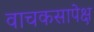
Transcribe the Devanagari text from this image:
वाचकसापेक्ष